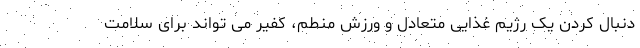
دنبال کردن یک رژیم غذایی متعادل و ورزش منطم، کفیر می تواند برای سلامت